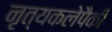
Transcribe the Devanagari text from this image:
नृत्यकलेपैकी